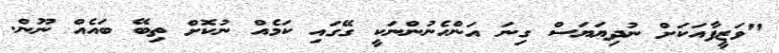
"ވަޒީފާއަކަށް ނުދިޔަޔަސް ގިނަ އަންހެނުންނަކީ ގޭގައި ކަމެއް ނުކޮށް ތިބޭ ބައެއް ނޫން.